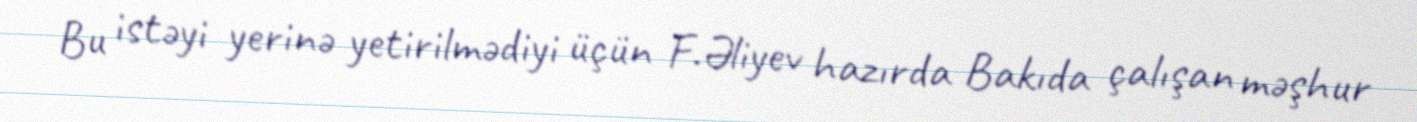
Bu istəyi yerinə yetirilmədiyi üçün F.Əliyev hazırda Bakıda çalışan məşhur